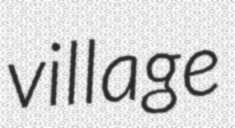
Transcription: village